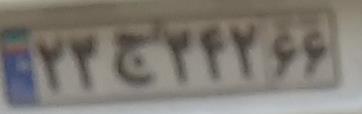
۲۳ج۲۴۲۶۶